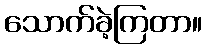
သောက်ခဲ့ကြတာ။